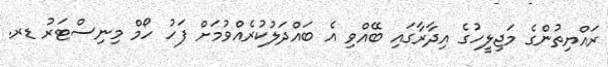
ރައްޔިތުންގެ މަޖިލީހުގެ އިދާރާގައި ބޭއްވި އެ ބައްދަލުކުރެއްވުމަށް ފަހު ހޯމް މިނިސްޓަރު ޑރ.